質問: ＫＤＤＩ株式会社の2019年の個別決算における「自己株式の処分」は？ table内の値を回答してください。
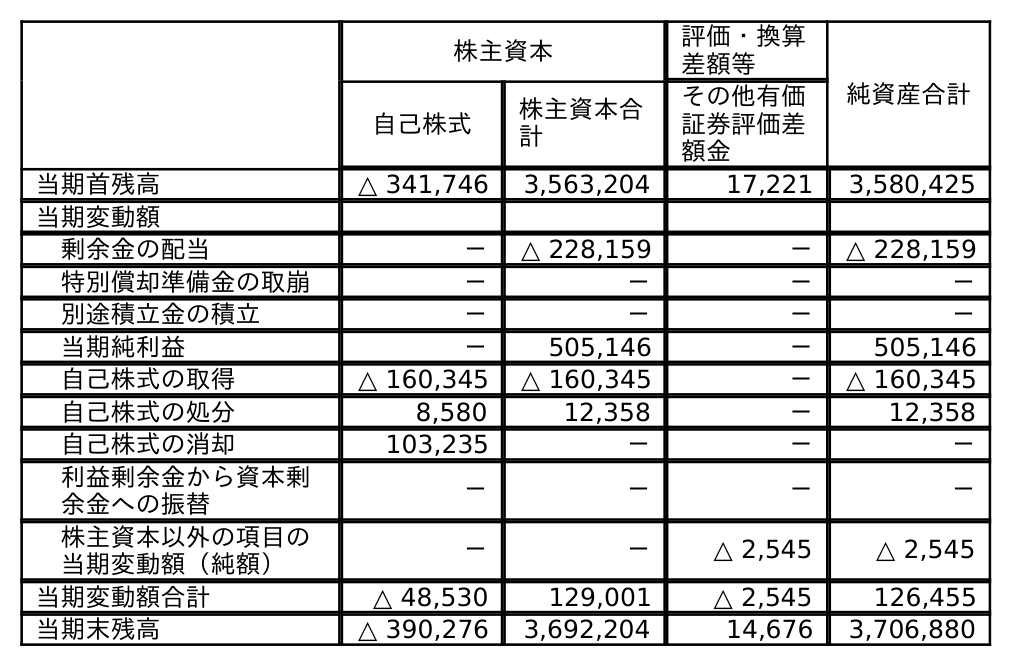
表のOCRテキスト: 株主資本 評価・換算 差額等 純資産合計 自己株式 株主資本合 計 その他有価 証券評価差 額金 当期首残高 △ 341,746 3,563,204 17,221 3,580,425 当期変動額 剰余金の配当 － △ 228,159 － △ 228,159 特別償却準備金の取崩 － － － － 別途積立金の積立 － － － － 当期純利益 － 505,146 － 505,146 自己株式の取得 △ 160,345 △ 160,345 － △ 160,345 自己株式の処分 8,580 12,358 － 12,358 自己株式の消却 103,235 － － － 利益剰余金から資本剰 余金への振替 － － － － 株主資本以外の項目の 当期変動額（純額） － － △ 2,545 △ 2,545 当期変動額合計 △ 48,530 129,001 △ 2,545 126,455 当期末残高 △ 390,276 3,692,204 14,676 3,706,880
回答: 12,358